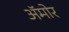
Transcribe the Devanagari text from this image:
अॅमोर